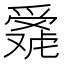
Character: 𬋴